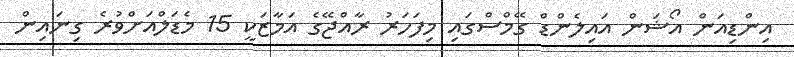
އިންޑިއަން އޯޝަން އައިލެންޑް ގޭމްސްގައި މިފަހަރު ރާއްޖޭގެ އަމާޒަކީ 15 މެޑަލްއަށްވުރެ ގިނައިން